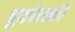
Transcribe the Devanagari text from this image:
चुकोत्स्की